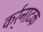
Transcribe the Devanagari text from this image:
कर्र्नाटक